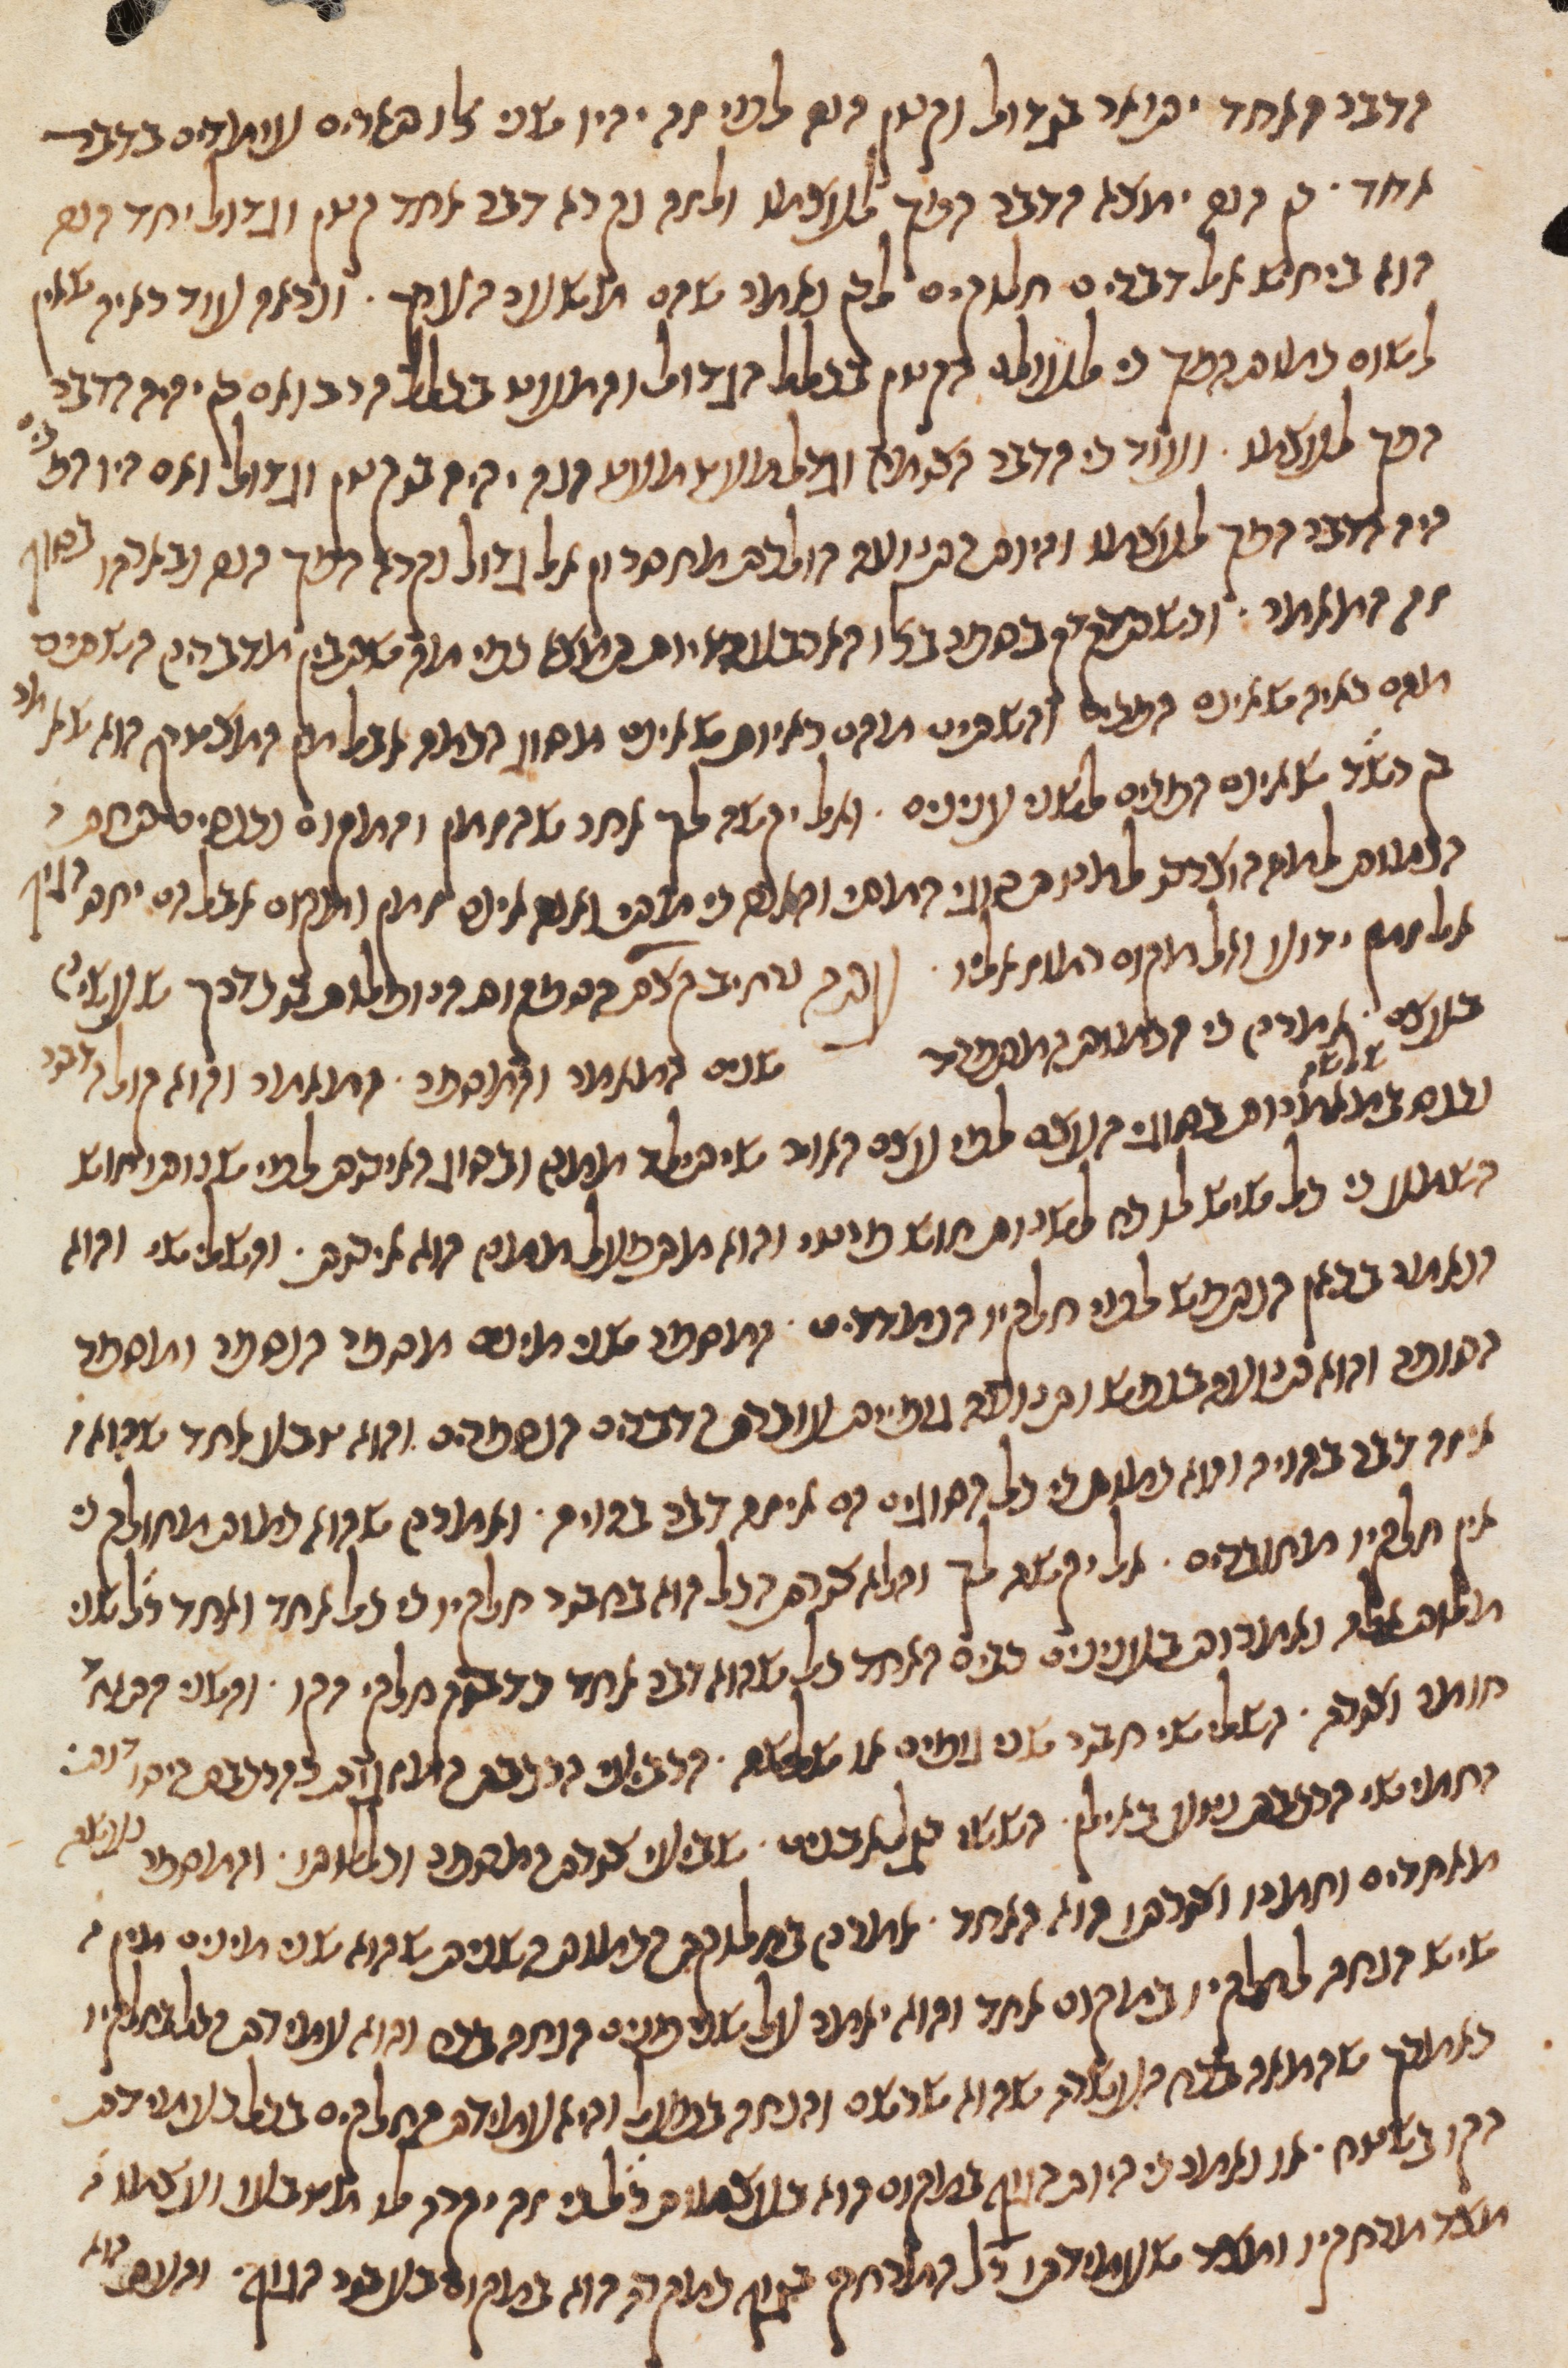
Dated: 1270–1330